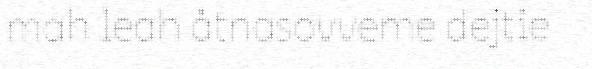
mah leah åtnasovveme dejtie